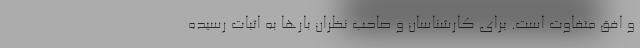
و افق متفاوت است. برای کارشناسان و صاحب نظران بارها به اثبات رسیده